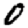
Digit: 0